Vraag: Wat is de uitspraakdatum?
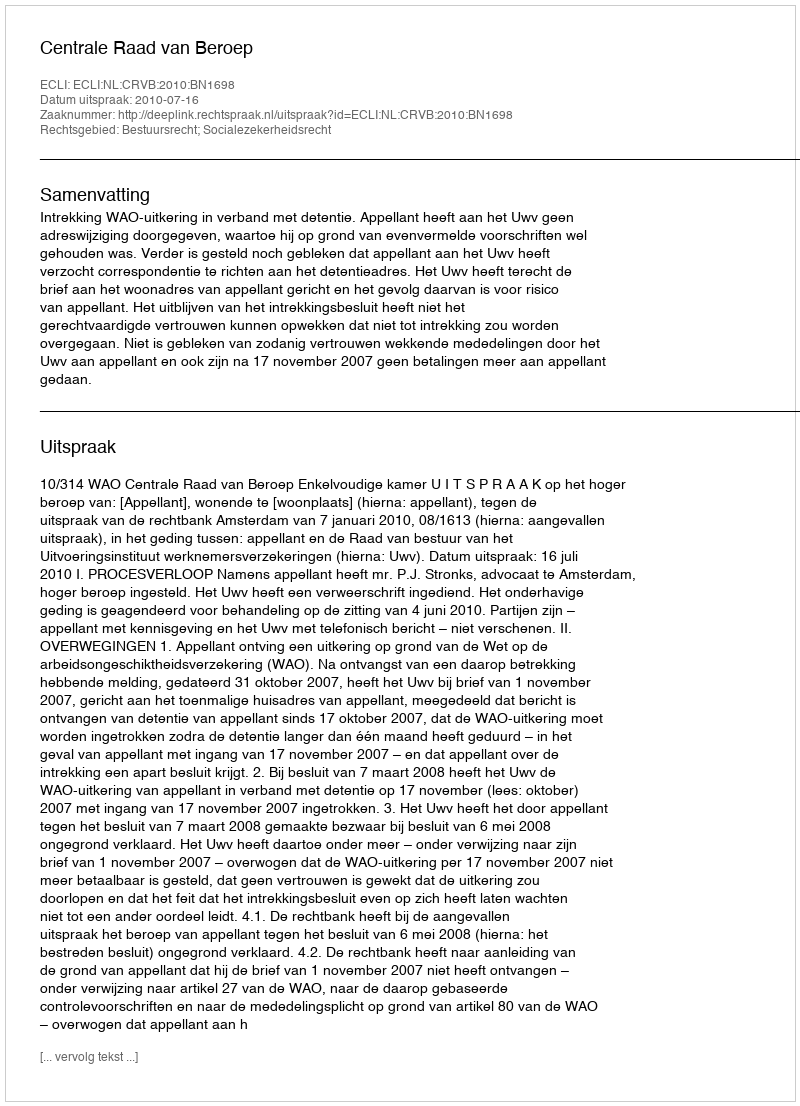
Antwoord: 2010-07-16